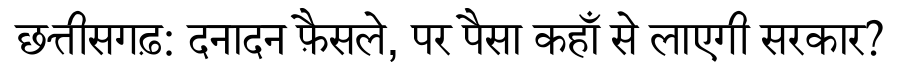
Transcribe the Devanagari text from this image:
छत्तीसगढ़: दनादन फ़ैसले, पर पैसा कहाँ से लाएगी सरकार?